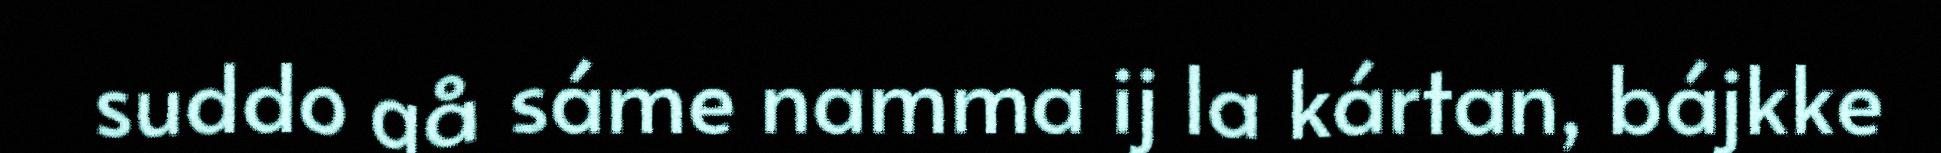
suddo gå sáme namma ij la kártan, bájkke